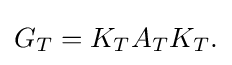
\displaystyle {G_{T}=K_{T}A_{T}K_{T}.}